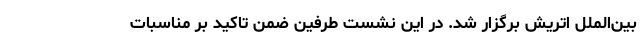
بین‌الملل اتریش برگزار شد. در این نشست طرفین ضمن تاکید بر مناسبات